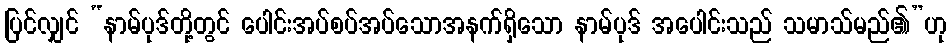
ပြင်လျှင် “နာမ်ပုဒ်တို့တွင် ပေါင်းအပ်စပ်အပ်သောအနက်ရှိသော နာမ်ပုဒ် အပေါင်းသည် သမာသ်မည်၏”ဟု